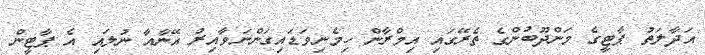
އަދާލަތު ޕާޓީގެ މަންދޫބުންގެ ތެރޭގައި އިމްރާން ހިމެނިވަޑައިގަންނަވާއިރު އޭނާއާ ނުލައި އެ ޕާޓީން